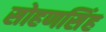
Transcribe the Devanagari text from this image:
सोहणसिंह